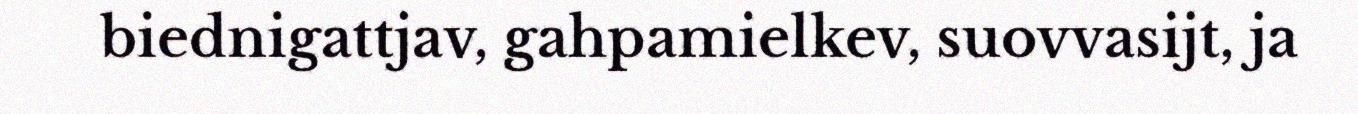
biednigattjav, gahpamielkev, suovvasijt, ja